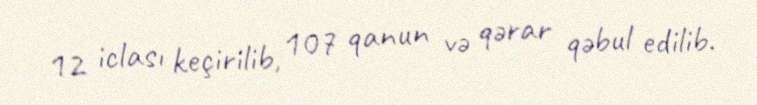
12 iclası keçirilib, 107 qanun və qərar qəbul edilib.